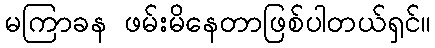
မကြာခန ဖမ်းမိနေတာဖြစ်ပါတယ်ရှင်။